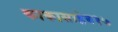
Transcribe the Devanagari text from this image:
काकासाहेब१७